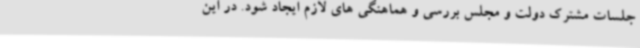
جلسات مشترک دولت و مجلس بررسی و هماهنگی های لازم ایجاد شود. در این